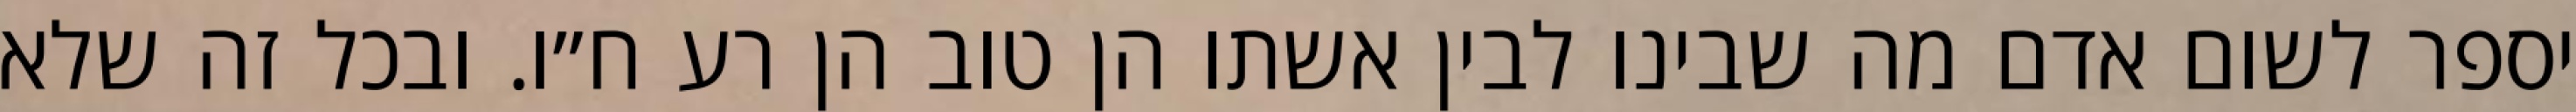
יספר לשום אדם מה שבינו לבין אשתו הן טוב הן רע ח״ו. ובכל זה שלא